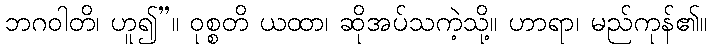
ဘဂဝါတိ၊ ဟူ၍”။ ဝုစ္စတိ ယထာ၊ ဆိုအပ်သကဲ့သို့။ ဟာရာ၊ မည်ကုန်၏။